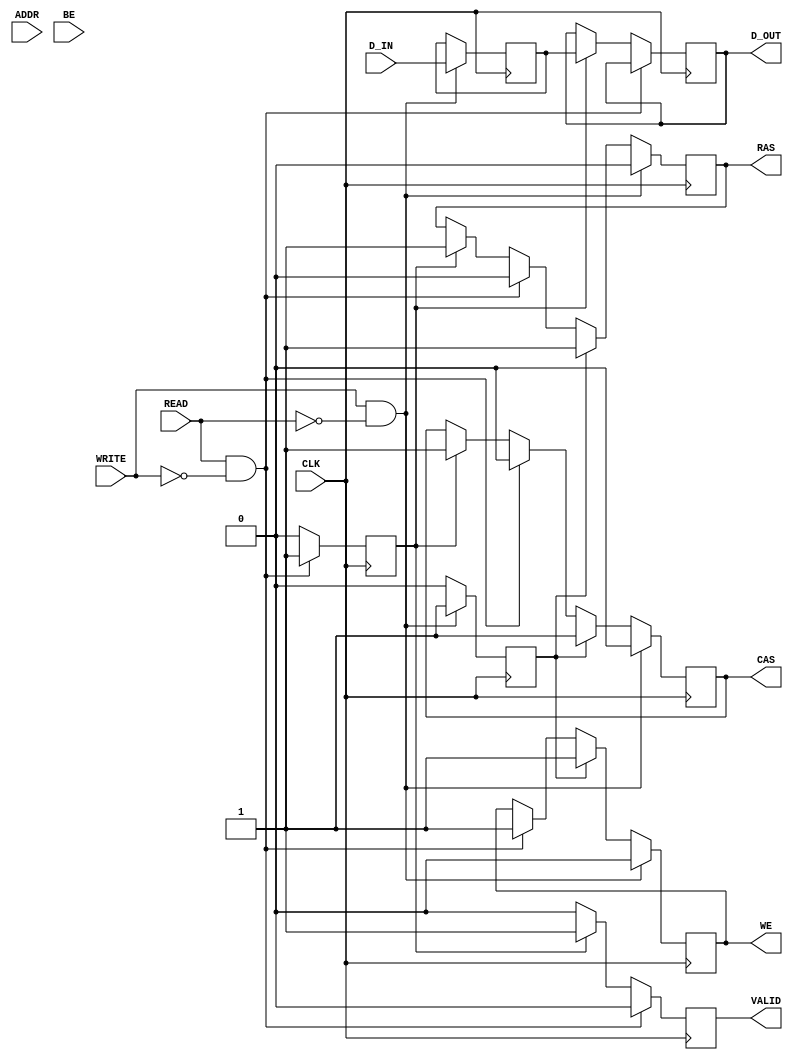
module sdram_io_block (
    input wire CLK,              // Clock signal
    input wire READ,             // Read enable signal
    input wire WRITE,            // Write enable signal
    input wire [15:0] ADDR,      // Address lines (assuming 16-bit address)
    input wire [31:0] D_IN,      // Data input lines (32-bit data)
    input wire [3:0] BE,         // Byte enable signals (4 bytes)
    output reg [31:0] D_OUT,     // Data output lines (32-bit data)
    output reg VALID,            // Valid output signal
    // SDRAM control signals
    output reg RAS,              // Row Address Strobe
    output reg CAS,              // Column Address Strobe
    output reg WE                // Write Enable
);

    // Internal signals
    reg [31:0] data_buffer;      // Buffer for data
    reg [15:0] address_buffer;   // Buffer for address
    reg read_active, write_active;

    always @(posedge CLK) begin
        // Reset VALID signal
        VALID <= 1'b0;

        // Handle read operation
        if (READ && !WRITE) begin
            // Latch address and initiate read
            address_buffer <= ADDR;
            read_active <= 1'b1;
            RAS <= 1'b0; // Activate row
            CAS <= 1'b0; // Activate column
            WE <= 1'b1;  // Disable write
        end else if (read_active) begin
            // Simulate read data from SDRAM
            D_OUT <= data_buffer; // Assume data is read into data_buffer
            VALID <= 1'b1;        // Indicate valid data output
            read_active <= 1'b0;  // Reset read active
            RAS <= 1'b1;          // Deactivate row
            CAS <= 1'b1;          // Deactivate column
        end

        // Handle write operation
        if (WRITE && !READ) begin
            // Latch address and data, initiate write
            address_buffer <= ADDR;
            data_buffer <= D_IN; // Store data to be written
            write_active <= 1'b1;
            RAS <= 1'b0; // Activate row
            CAS <= 1'b0; // Activate column
            WE <= 1'b0;  // Enable write
        end else if (write_active) begin
            // Simulate write data to SDRAM
            // Here you would typically send data_buffer to the SDRAM
            write_active <= 1'b0; // Reset write active
            RAS <= 1'b1;          // Deactivate row
            CAS <= 1'b1;          // Deactivate column
            WE <= 1'b1;           // Disable write
        end
    end

    // Additional logic for handling burst reads/writes and other timing sequences
    // can be added here as needed.

endmodule